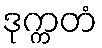
ဒုက္ကတံ